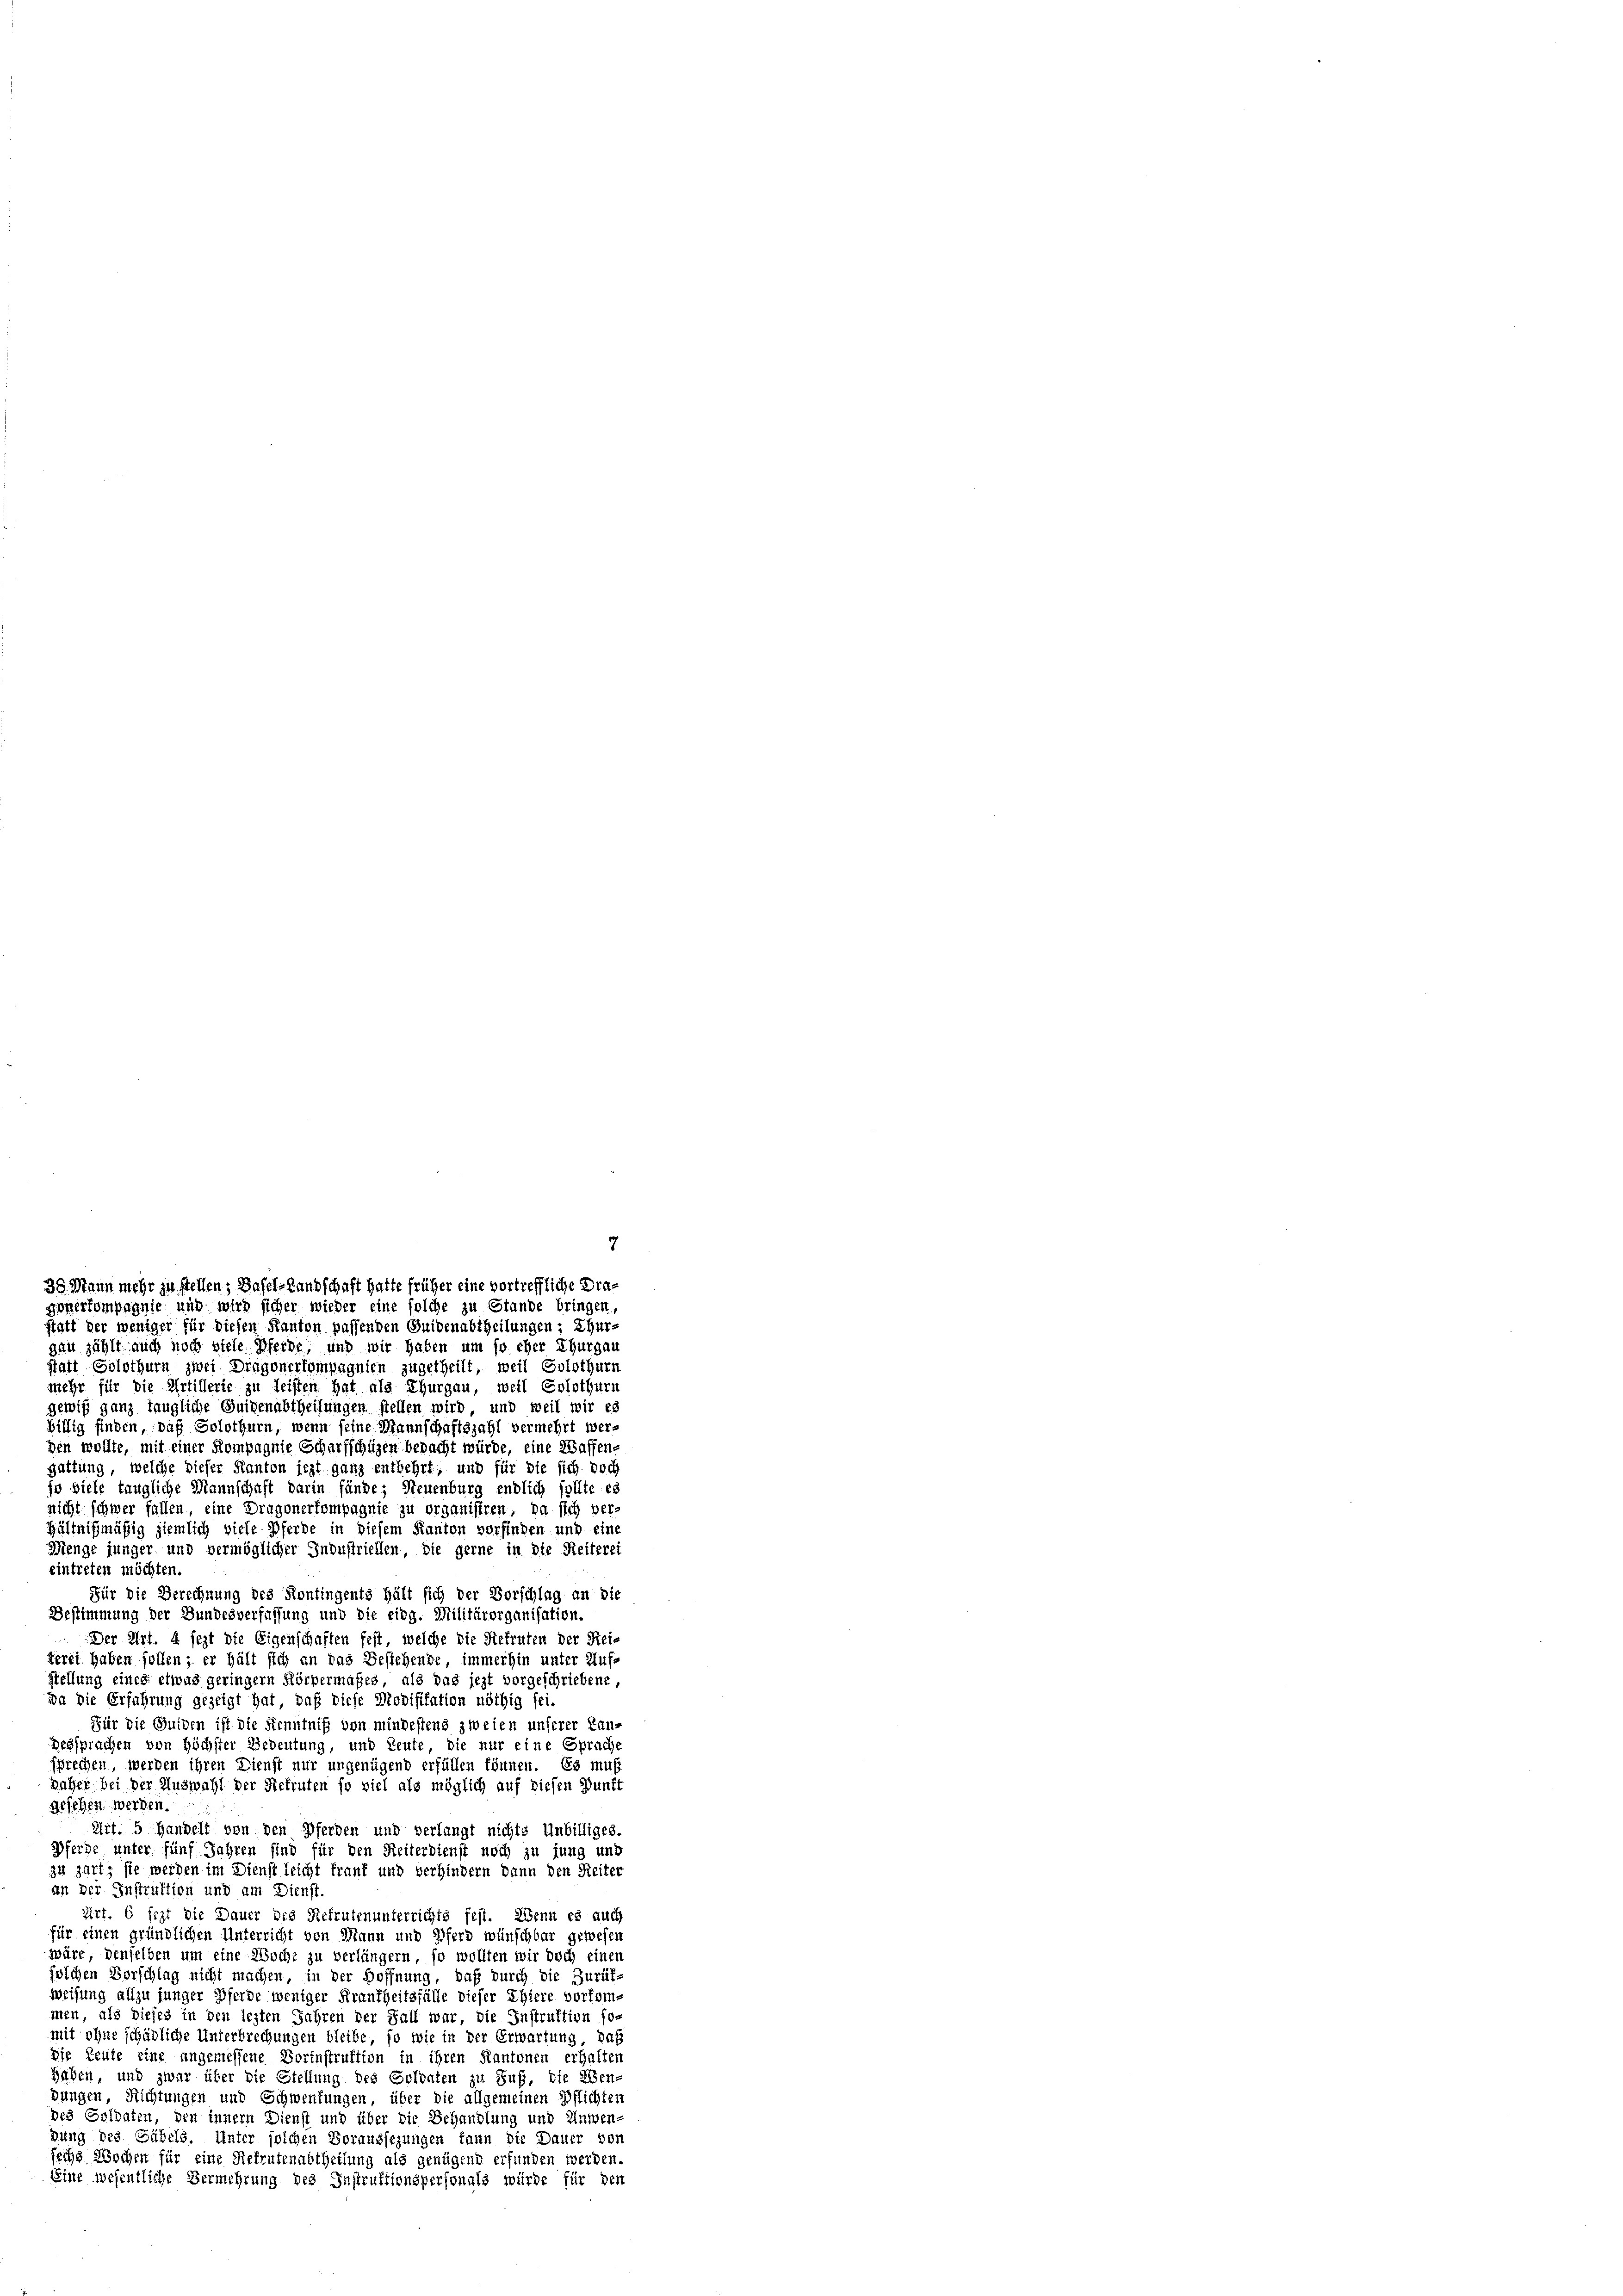
gau zählt auch noch viele Pferde, und wir haben um so eher Thurgau
statt Solothurn zwei Dragonerkompagnien zugetheilt, weil Solothurn
mehr für die Artillerie zu leisten hat als Thurgau, weil Solothurn
gewiß ganz taugliche Guigenabtheilungen stellen wird, und weil wir es
billig finden, daß Solothurn, wenn seine Mannschaftszahl vermehrt werden wollte, mit einer Kompagnie Scharfschüzen bepacht würde, eine Waffengattung, welche dieser Kanton jezt ganz entbehrt, und für die sich doch
jo viele taugliche Mannschaft darin fände; Steuenburg endlich sollte es
nicht schwer fallen, eine Dragonerkompagnie zu organisiren, da sich ver¬
Hältnißmäßig ziemlich viele Pferde in diesem Kanton vorfinden und eine
Menge junger und vermöglicher Industriellen, die gerne in die Reiterei
eintreten möchten.
Für die Berechnung des Kontingents hält sich der Vorschlag an die
Bestimmung der Bundesverfassung und die eidg. Militärorganisation.
Der Art. 4 jezt die Eigenschaften fest, welche die Refruten der Reis
terei haben sollen; er hält sich an das Bestehende, immerhin unter Auf-
stellung eines etwas geringern Körpermaßes, als das jezt vorgeschriebene
iu die Erfahrung gezeigt hat, daß diese Modifikation nöthig sei.
Für die Guiden ist die Kenntniß von mindestens zweien unserer Lan-
gessprachen von höchster Bedeutung, und Leute, die nur eine Sprache
sprechen, werden ihren Dienst nur ungenügend erfüllen können. Es muß
daher bei der Auswahl der Rekruten so viel als möglich auf diesen Punkt
gesehen werden.
Art. 5 Handelt von den Pferden und verlangt nichts Unbilliges.
Pferde unter fünf Jahren sind für den Reiterdienst noch zu fung und
zu zart; sie werden im Dienst leicht frank und verhindern dann den Reiter
an der Instruktion und am Dienst.
zirt. 6 fest die Dauer die Rekrutenunterrichts fest. Wenn es auch
für einen gründlichen Unterricht von Mann und Pferd wünschbar gewesen
würe, denselben um eine Woche zu verlängern, so wollten wir doch einen
folchen Vorschlag nicht machen, in der Hoffnung, daß durch die Zurüf-
weisung allzu junger Pferde weniger Krankheitsfälle dieser Ehiere vorkom-
men, als dieses in den lezten Jahren der Fall war, die Instruktion so-
mit ohne schädliche Unterbrechungen bleibe, so wie in der Erwartung, daß
Die Leute etwa angemessene Dorinstruktion in ihren Kantonen erhalten
haben, und zwar über die Stellung des Colonten zu Fuß, die Zendungen, Richtungen und Schwendungen, über die allgemeinen Pflichten
des Goldaten, den innern Dienst und über die Behandlung und Anwen-
dung des Gübels. Unter solchen Voraussezungen kann die Dauer von
sechs Wochen für eine Stelrutenabtheilung als genügend erfunden werden.
Eine wesentliche Vermehrung des Instruktionspersonals würde für den

7
30. Mann mehr zu stellen; Basel-Landschaft hatte früher eine vortreffliche Dragonerkompagnie und wird sicher wieder eine solche zu Stande bringen,
statt der weniger für diesen Kanton passenden Guidenabtheilungen ; Thur¬